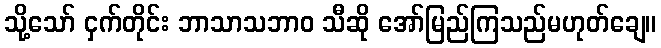
သို့သော် ငှက်တိုင်း ဘာသာသဘာဝ သီဆို အော်မြည်ကြသည်မဟုတ်ချေ။